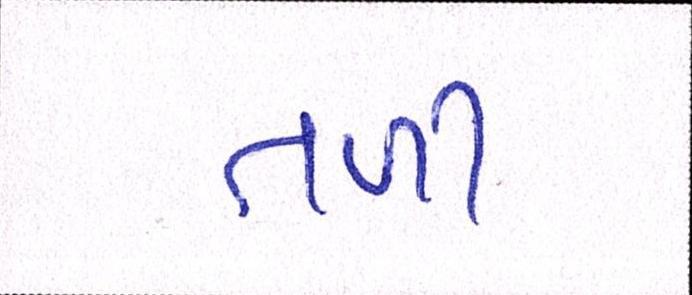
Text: તળી